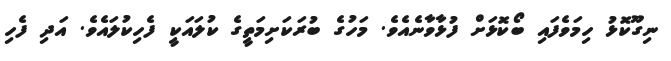
ނިގޫކޮޅު ހިމަވެފައި ބޯކޮޅަށް ފުޅާވާނެއެވެ. މަހުގެ ބުރަކަށިމަތީގެ ކުލައަކީ ފެހިކުލައެވެ. އަދި ފެހި